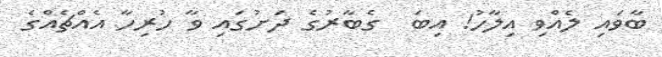
ބާވައި ލެއްވި އިލާހު! އިބަ  ގެބާރުގެ ދަށުގައި ވާ ހުރިހާ އެއްޗެއްގެ